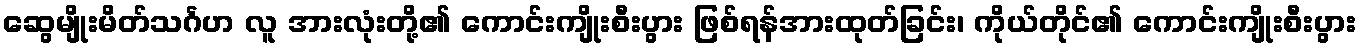
ဆွေမျိုးမိတ်သင်္ဂဟ လူ အားလုံးတို့၏ ကောင်းကျိုးစီးပွား ဖြစ်ရန်အားထုတ်ခြင်း၊ ကိုယ်တိုင်၏ ကောင်းကျိုးစီးပွား